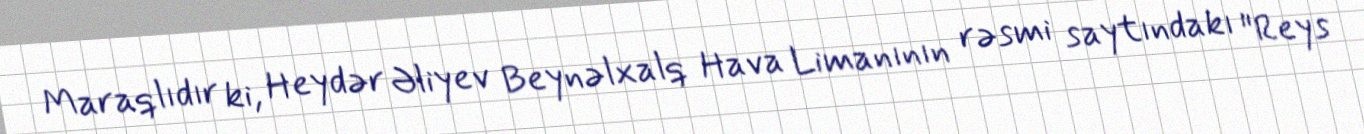
Maraqlıdır ki, Heydər Əliyev Beynəlxalq Hava Limanının rəsmi saytındakı "Reys